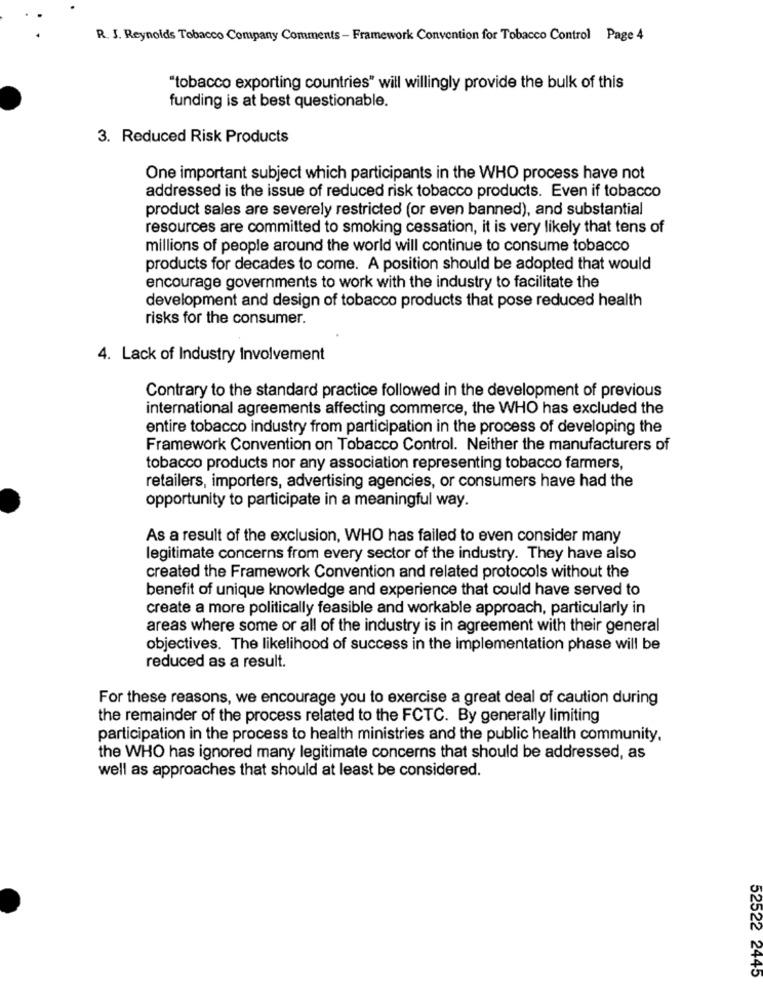
R. J. Reynolds Tobacco Company Comments - Framework Convention for Tobacco Control Page 4
"tobacco exporting countries" will willingly provide the bulk of this
funding is at best questionable.
3. Reduced Risk Products
One important subject which participants in the WHO process have not
addressed is the issue of reduced risk tobacco products. Even if tobacco
product sales are severely restricted (or even banned), and substantial
resources are committed to smoking cessation, it is very likely that tens of
millions of people around the world will continue to consume tobacco
products for decades to come. A position should be adopted that would
encourage governments to work with the industry to facilitate the
development and design of tobacco products that pose reduced health
risks for the consumer.
4. Lack of Industry Involvement
Contrary to the standard practice followed in the development of previous
international agreements affecting commerce, the WHO has excluded the
entire tobacco industry from participation in the process of developing the
Framework Convention on Tobacco Control. Neither the manufacturers of
tobacco products nor any association representing tobacco farmers,
retailers, importers, advertising agencies, or consumers have had the
opportunity to participate in a meaningful way.
As a result of the exclusion, WHO has failed to even consider many
legitimate concerns from every sector of the industry. They have also
created the Framework Convention and related protocols without the
benefit of unique knowledge and experience that could have served to
create a more politically feasible and workable approach, particularly in
areas where some or all of the industry is in agreement with their general
objectives. The likelihood of success in the implementation phase will be
reduced as a result.
For these reasons, we encourage you to exercise a great deal of caution during
the remainder of the process related to the FCTC. By generally limiting
participation in the process to health ministries and the public health community.
the WHO has ignored many legitimate concerns that should be addressed, as
well as approaches that should at least be considered.
52522 2445